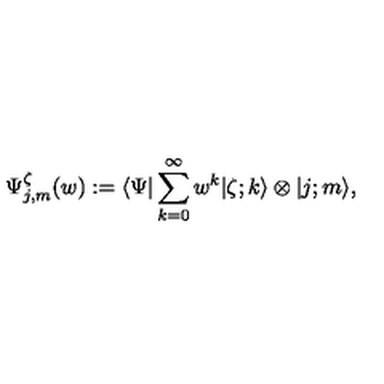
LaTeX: \Psi _ { j , m } ^ { \zeta } ( w ) : = \langle \Psi \vert \sum _ { k = 0 } ^ { \infty } w ^ { k } \vert \zeta ; k \rangle \otimes \vert j ; m \rangle ,